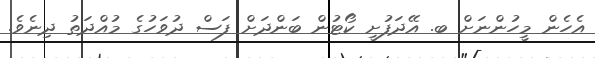
އެހެން މީހުންނަށް ބ. އޭދަފުށީ ކޯޓުން ބަންދަށް ފަސް ދުވަހުގެ މުއްދަތު ދިނެވެ.